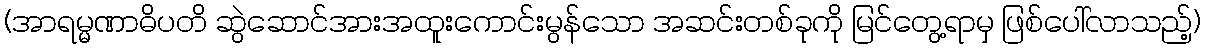
(အာရမ္မဏာဓိပတိ ဆွဲဆောင်အားအထူးကောင်းမွန်သော အဆင်းတစ်ခုကို မြင်တွေ့ရာမှ ဖြစ်ပေါ်လာသည့်)